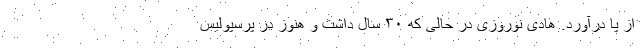
از پا درآورد. هادی نوروزی در حالی که ۳۰ سال داشت و هنوز در پرسپولیس